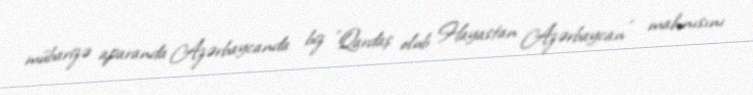
mübarizə aparanda Azərbaycanda biz ”Qardaş olub Hayastan Azərbaycan" mahnısını